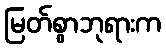
မြတ်စွာဘုရားက